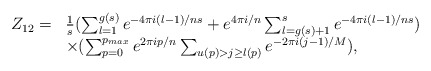
\begin{align*}\begin{array}{ll}Z_{12}= & \frac{1}{s}(\sum_{l=1}^{g(s)}e^{-4\pi i (l-1)/ns}+e^{4\pi i/n}\sum_{l=g(s)+1}^{s}e^{-4\pi i (l-1)/ns}) \\ & \times(\sum_{p=0}^{p_{max}} e^{2 \pi i p/n}\sum_{u(p)> j \geq l(p)}e^{-2\pi i(j-1)/M}),\end{array}\end{align*}